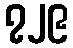
၇၂၉